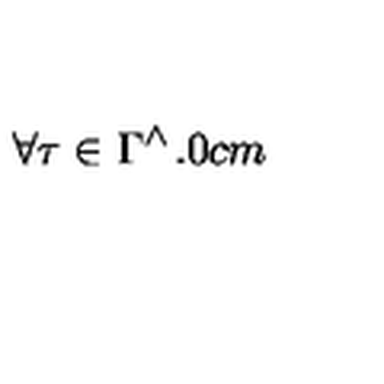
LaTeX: \forall \tau \in \Gamma ^ { \wedge } \hspace { 1 . 0 c m }